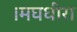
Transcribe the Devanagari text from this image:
।मघधीरा